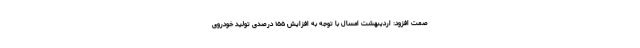
صمت افزود: اردیبهشت امسال با توجه به افزایش ۱۵۵ درصدی تولید خودروی